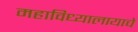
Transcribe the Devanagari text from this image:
महाविध्यालायाचे